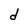
Character: d